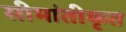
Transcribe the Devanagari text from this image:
सीमांतीकृत